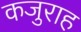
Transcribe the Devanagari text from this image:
कजुराह